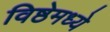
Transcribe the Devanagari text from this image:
विष्ठेमध्ये